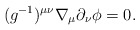
\begin{align*} (g^{-1})^{\mu\nu}\nabla_\mu\partial_\nu\phi=0.\end{align*}